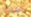
أسحب